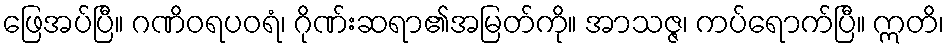
ဖြေအပ်ပြီ။ ဂဏိဝရပဝရံ၊ ဂိုဏ်းဆရာ၏အမြတ်ကို။ အာသဇ္ဇ၊ ကပ်ရောက်ပြီ။ ဣတိ၊